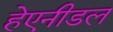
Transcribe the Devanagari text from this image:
हेएनीडल